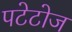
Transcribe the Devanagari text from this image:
पटेटोज